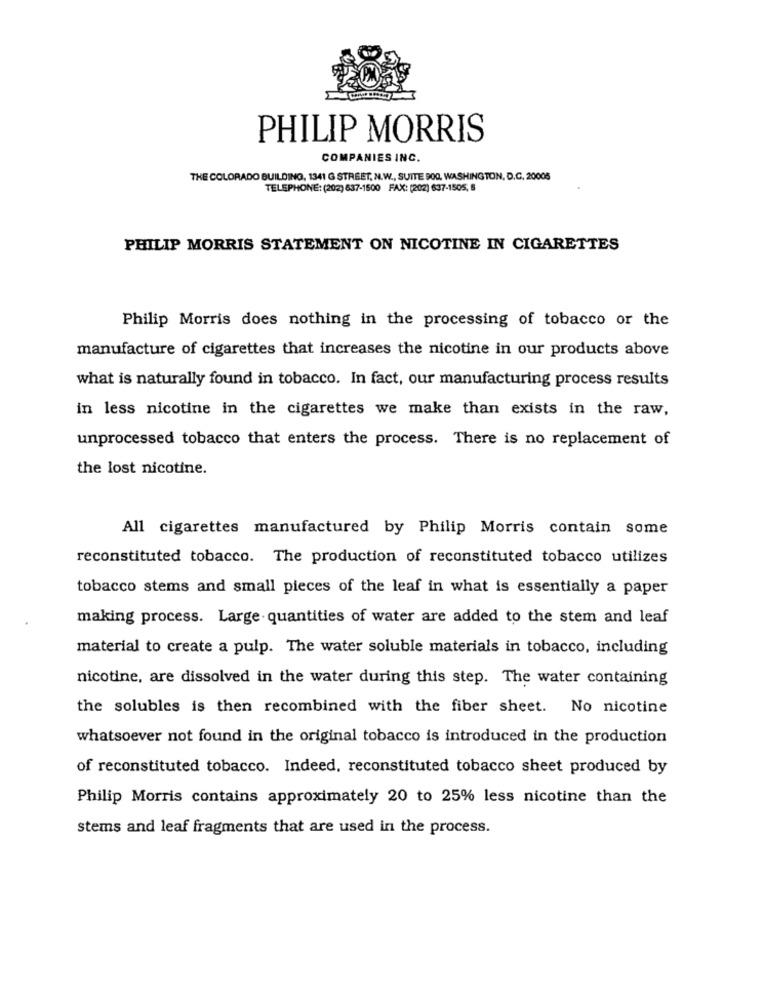
PHILIP MORRIS
COMPANIES INC.
THE COLORADO BUILDING, 1341 G STREET, N.W ., SUITE 900, WASHINGTON, D.C. 20005
TELEPHONE: (202) 637-1500 FAX: (202) 637-1505, 6
PHILIP MORRIS STATEMENT ON NICOTINE IN CIGARETTES
Philip Morris does nothing in the processing of tobacco or the
manufacture of cigarettes that increases the nicotine in our products above
what is naturally found in tobacco. In fact, our manufacturing process results
in less nicotine in the cigarettes we make than exists in the raw,
unprocessed tobacco that enters the process. There is no replacement of
the lost nicotine.
All cigarettes manufactured by Philip Morris contain some
reconstituted tobacco. The production of reconstituted tobacco utilizes
tobacco stems and small pieces of the leaf in what is essentially a paper
making process. Large quantities of water are added to the stem and leaf
material to create a pulp. The water soluble materials in tobacco, including
nicotine, are dissolved in the water during this step. The water containing
the solubles is then recombined with the fiber sheet. No nicotine
whatsoever not found in the original tobacco is introduced in the production
of reconstituted tobacco. Indeed, reconstituted tobacco sheet produced by
Philip Morris contains approximately 20 to 25% less nicotine than the
stems and leaf fragments that are used in the process.